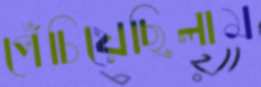
পেঁচিয়েছিলাম